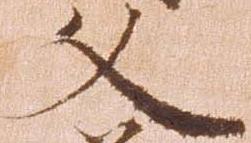
父